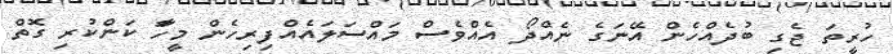
ހުރީތަ ޖެގި ބުދެއްހެން އޭނަގެ ނެއްދޯ އެއްވެސް މައްސަލައެއްފިރިހެން މީހާަ ކަންކުރި ގޮތް